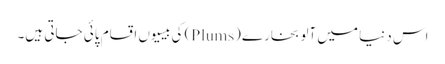
اس دنیا میں آلو بخارے (Plums) کی بیسیوں اقسام پائی جاتی ہیں۔